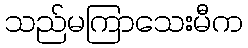
သည်မကြာသေးမီက